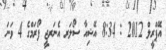
އޭޕްރީލް 2012 : 8:34 އޭޝިއާ ސޯލަރ އެނަރޖީ ފޯރަމްގެ 4 ވަނަ